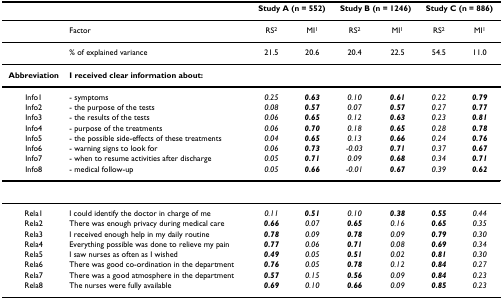
<table><thead><tr><td></td><td></td><td colspan="2"><b>Study A (n = 552)</b></td><td colspan="2"><b>Study B (n = 1246)</b></td><td colspan="2"><b>Study C (n = 886)</b></td></tr></thead><tbody><tr><td></td><td>Factor</td><td>RS<sup>2</sup></td><td>MI<sup>1</sup></td><td>RS<sup>2</sup></td><td>MI<sup>1</sup></td><td>RS<sup>2</sup></td><td>MI<sup>1</sup></td></tr><tr><td></td><td>% of explained variance</td><td>21.5</td><td>20.6</td><td>20.4</td><td>22.5</td><td>54.5</td><td>11.0</td></tr><tr><td><b>Abbreviation</b></td><td><b>I received clear information about: </b></td><td></td><td></td><td></td><td></td><td></td><td></td></tr><tr><td>Info1</td><td>- symptoms</td><td><i>0.25</i></td><td><b><i>0.63</i></b></td><td><i>0.10</i></td><td><b><i>0.61</i></b></td><td><i>0.22</i></td><td><b><i>0.79</i></b></td></tr><tr><td>Info2</td><td>- the purpose of the tests</td><td><i>0.08</i></td><td><b><i>0.57</i></b></td><td><i>0.07</i></td><td><b><i>0.57</i></b></td><td><i>0.27</i></td><td><b><i>0.77</i></b></td></tr><tr><td>Info3</td><td>- the results of the tests</td><td><i>0.06</i></td><td><b><i>0.65</i></b></td><td><i>0.12</i></td><td><b><i>0.63</i></b></td><td><i>0.23</i></td><td><b><i>0.81</i></b></td></tr><tr><td>Info4</td><td>- purpose of the treatments</td><td><i>0.06</i></td><td><b><i>0.70</i></b></td><td><i>0.18</i></td><td><b><i>0.65</i></b></td><td><i>0.28</i></td><td><b><i>0.78</i></b></td></tr><tr><td>Info5</td><td>- the possible side-effects of these treatments</td><td><i>0.04</i></td><td><b><i>0.65</i></b></td><td><i>0.13</i></td><td><b><i>0.66</i></b></td><td><i>0.24</i></td><td><b><i>0.76</i></b></td></tr><tr><td>Info6</td><td>- warning signs to look for</td><td><i>0.06</i></td><td><b><i>0.73</i></b></td><td><i>-0.03</i></td><td><b><i>0.71</i></b></td><td><i>0.37</i></td><td><b><i>0.67</i></b></td></tr><tr><td>Info7</td><td>- when to resume activities after discharge</td><td><i>0.05</i></td><td><b><i>0.71</i></b></td><td><i>0.09</i></td><td><b><i>0.68</i></b></td><td><i>0.34</i></td><td><b><i>0.71</i></b></td></tr><tr><td>Info8</td><td>- medical follow-up</td><td><i>0.05</i></td><td><b><i>0.66</i></b></td><td><i>-0.01</i></td><td><b><i>0.67</i></b></td><td><i>0.39</i></td><td><b><i>0.62</i></b></td></tr><tr><td>Rela1</td><td>I could identify the doctor in charge of me</td><td><i>0.11</i></td><td><b><i>0.51</i></b></td><td><i>0.10</i></td><td><b><i>0.38</i></b></td><td><b><i>0.55</i></b></td><td><i>0.44</i></td></tr><tr><td>Rela2</td><td>There was enough privacy during medical care</td><td><b><i>0.66</i></b></td><td><i>0.07</i></td><td><b><i>0.65</i></b></td><td><i>0.16</i></td><td><b><i>0.65</i></b></td><td><i>0.35</i></td></tr><tr><td>Rela3</td><td>I received enough help in my daily routine</td><td><b><i>0.78</i></b></td><td><i>0.09</i></td><td><b><i>0.78</i></b></td><td><i>0.09</i></td><td><b><i>0.79</i></b></td><td><i>0.30</i></td></tr><tr><td>Rela4</td><td>Everything possible was done to relieve my pain</td><td><b><i>0.77</i></b></td><td><i>0.06</i></td><td><b><i>0.71</i></b></td><td><i>0.08</i></td><td><b><i>0.69</i></b></td><td><i>0.34</i></td></tr><tr><td>Rela5</td><td>I saw nurses as often as I wished</td><td><b><i>0.49</i></b></td><td><i>0.05</i></td><td><b><i>0.51</i></b></td><td><i>0.02</i></td><td><b><i>0.81</i></b></td><td><i>0.30</i></td></tr><tr><td>Rela6</td><td>There was good co-ordination in the department</td><td><b><i>0.76</i></b></td><td><i>0.05</i></td><td><b><i>0.78</i></b></td><td><i>0.12</i></td><td><b><i>0.84</i></b></td><td><i>0.27</i></td></tr><tr><td>Rela7</td><td>There was a good atmosphere in the department</td><td><b><i>0.57</i></b></td><td><i>0.15</i></td><td><b><i>0.56</i></b></td><td><i>0.09</i></td><td><b><i>0.84</i></b></td><td><i>0.23</i></td></tr><tr><td>Rela8</td><td>The nurses were fully available</td><td><b><i>0.69</i></b></td><td><i>0.10</i></td><td><b><i>0.66</i></b></td><td><i>0.09</i></td><td><b><i>0.85</i></b></td><td><i>0.23</i></td></tr></tbody></table>